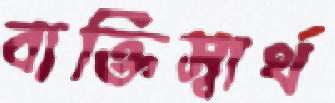
ব্যক্তিস্বার্থ